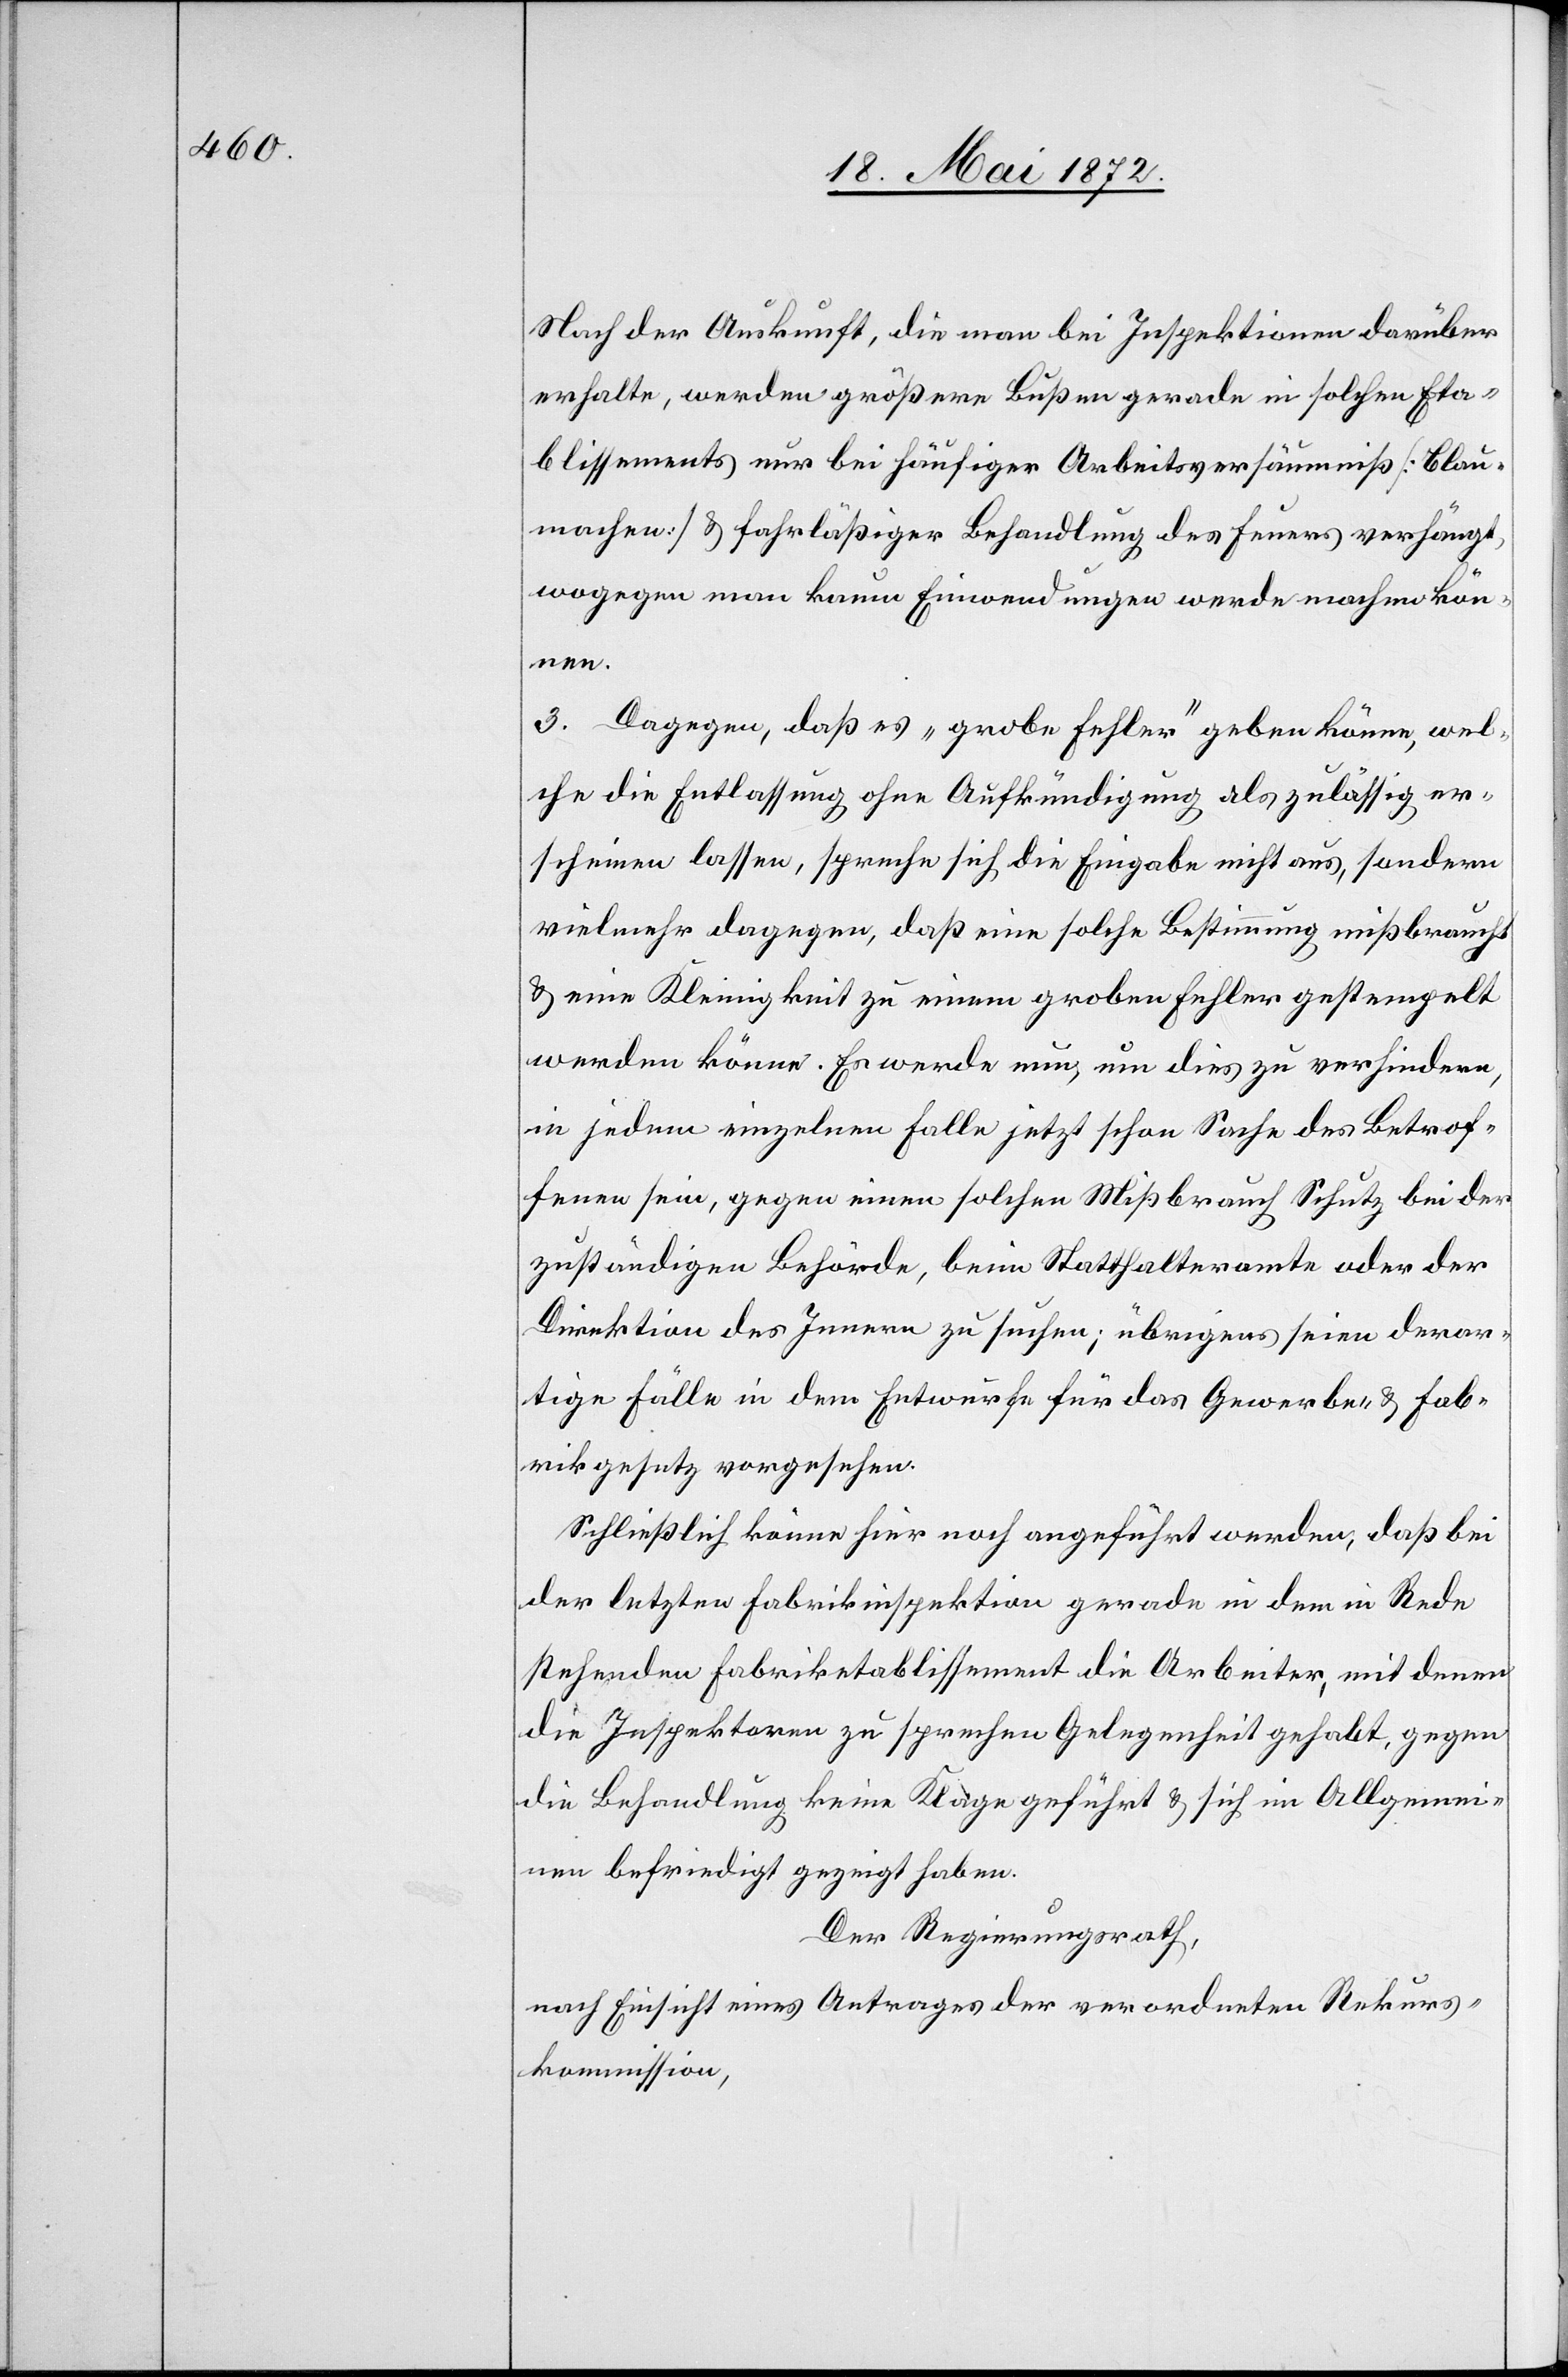
Nach der Auskunft, die man bei Inspektionen darüber
erhalte, werden größere Bußen gerade in solchen Eta¬
blissements nur bei häufiger Arbeitsversäumniß [Blau¬
machen] u. fahrläßiger Behandlung des Feuers verhängt,
wogegen man kaum Einwendungen werde machen kön¬
nen.
3. Dagegen, daß es „grobe Fehler“ geben könne, wel¬
che die Entlassung ohne Aufkündigung als zulässig er¬
scheinen lassen, spreche sich die Eingabe nicht aus, sondern
vielmehr dagegen, daß eine solche Bestimmung mißbraucht
u. eine Kleinigkeit zu einem groben Fehler gestempelt
werden könne. Es werde nun, um dies zu verhindern,
in jedem einzelnen Falle jetzt schon Sache des Betrof¬
fenen sein, gegen einen solche Mißbrauch Schutz bei der
zuständigen Behörde, beim Statthalteramte oder der
Direktion des Innern zu suchen; übrigens seien derar¬
tige Fälle in dem Entwurfe für das Gewerbe u. Fab¬
rikgesetz vorgesehen.
Schließlich könne hier noch angeführt werden, daß bei
der letzten Fabrikinspektion gerade in dem in Rede
stehenden Fabriketablissement die Arbeiter, mit denen
die Inspektoren zu sprechen Gelegenheit gehabt, gegen
die Behandlung keine Klage geführt u. sich im Allgemei¬
nen befriedigt gezeigt haben.
Der Regierungsrath,
nach Einsicht eines Antrages der verordneten Rekurs¬
kommission,